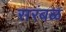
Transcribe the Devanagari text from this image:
सरंबळ